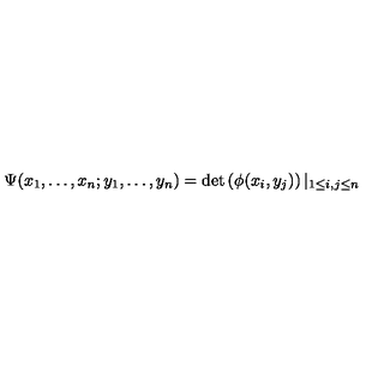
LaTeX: \Psi ( x _ { 1 } , \ldots , x _ { n } ; y _ { 1 } , \ldots , y _ { n } ) = \det \left( \phi ( x _ { i } , y _ { j } ) \right) | _ { 1 \leq i , j \leq n }